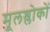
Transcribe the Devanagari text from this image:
मूलश्लोकों